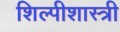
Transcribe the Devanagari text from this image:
शिल्पीशास्त्री